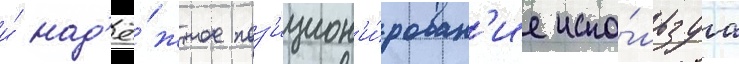
и́ над'ё́жное поз'ицион'и́рован'ие испо́льзуа